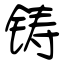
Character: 铸